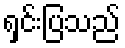
ရှင်းပြသည်